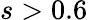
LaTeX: s>0.6